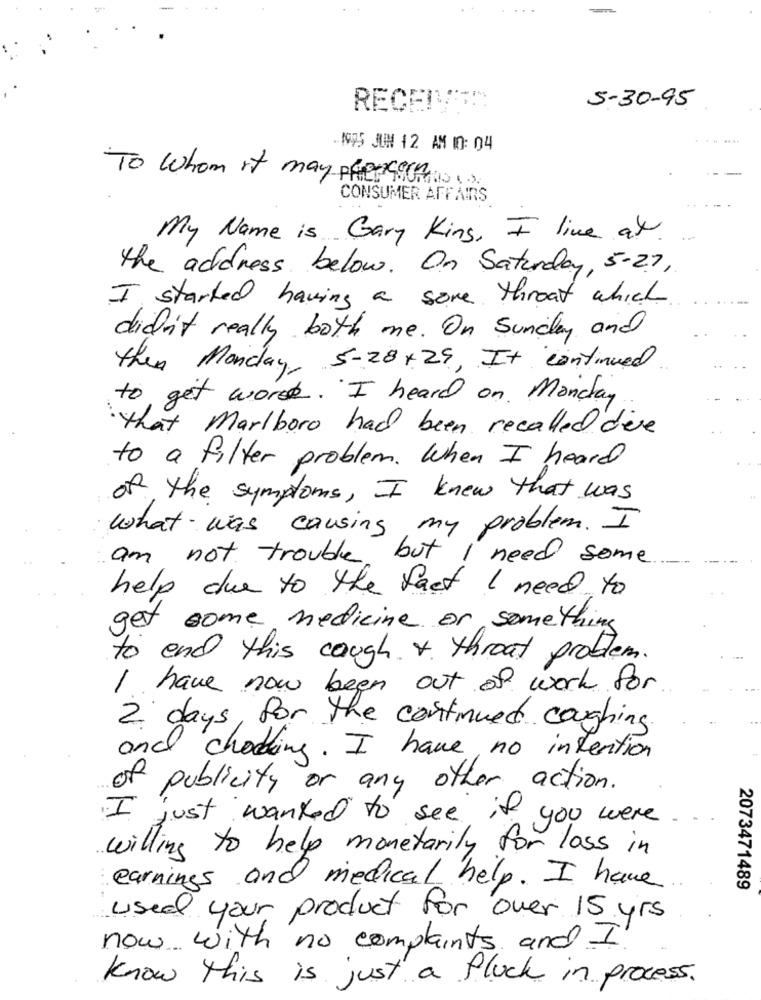
RECENT
5-30-95
1995 JUN 12 AM 10: 04
To whom it may ph 990A ....
CONSUMER AFFAIRS
My Name is Gary King, I live at
the address below. On Saturday, 5-27,
I started having a sore throat which
didn't really both me . On Sunday and
then Monday 5-28+29, It continued
to get word. I heard on Monday
that Marlboro had been recalled deve
to a filter problem . When I heard
of the symptoms, I knew that was
what was causing my problem. I
am not trouble but I need some
help due to the fact I need to
get some medicine or something
to end this cough 4 throat problem.
I have now been out of work for
2 days, for the continued coughing.
and chocking. I have no intention
of publicity or any other action.
I just wanted to see if you were.
willing to help monetarily for loss in
earnings and medical help. I have
2073471489
used your product for over 15 yrs
now with no complaints and I.
know this is just a fluck in process.